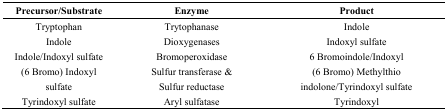
<table><thead><tr><td><b>Precursor/Substrate</b></td><td><b>Enzyme</b></td><td><b>Product</b></td></tr></thead><tbody><tr><td>Tryptophan</td><td>Trytophanase</td><td>Indole</td></tr><tr><td>Indole</td><td>Dioxygenases</td><td>Indoxyl sulfate</td></tr><tr><td>Indole/Indoxyl sulfate</td><td>Bromoperoxidase</td><td>6 Bromoindole/Indoxyl</td></tr><tr><td>(6 Bromo) Indoxyl sulfate</td><td>Sulfur transferase &amp; Sulfur reductase</td><td>(6 Bromo) Methylthio indolone/Tyrindoxyl sulfate</td></tr><tr><td>Tyrindoxyl sulfate</td><td>Aryl sulfatase</td><td>Tyrindoxyl</td></tr></tbody></table>